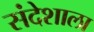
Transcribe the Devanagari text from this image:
संदेशाला